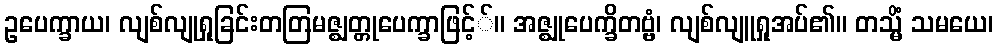
ဥပေက္ခာယ၊ လျစ်လျုရှုခြင်းတတြမဇ္ဈတ္တုပေက္ခာဖြင့််။ အဇ္ဈုပေက္ခိတဗ္ဗံ၊ လျစ်လျူရှုအပ်၏။ တသ္မိံ သမယေ၊